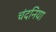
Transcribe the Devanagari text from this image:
चंदनिया